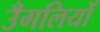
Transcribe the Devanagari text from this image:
उँगलियोँ